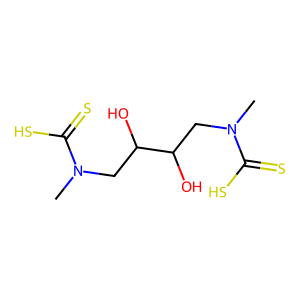
SMILES: CN(CC(O)C(O)CN(C)C(=S)S)C(=S)S
Inhibits HIV replication: No